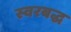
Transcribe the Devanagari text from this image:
स्‍वरबद्ध